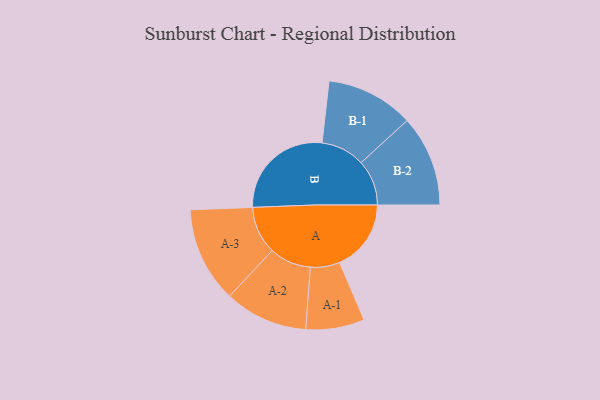
{"axis": {"x": "Segment", "y": "Value"}, "legend": ["", "A", "B"], "data": [{"x": "A", "y": 256, "type": ""}, {"x": "B", "y": 378, "type": ""}, {"x": "A-1", "y": 105, "type": "A"}, {"x": "A-2", "y": 149, "type": "A"}, {"x": "A-3", "y": 171, "type": "A"}, {"x": "B-1", "y": 157, "type": "B"}, {"x": "B-2", "y": 163, "type": "B"}]}